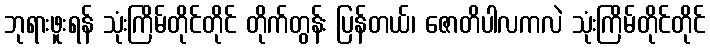
ဘုရားဖူးရန် သုံးကြိမ်တိုင်တိုင် တိုက်တွန်း ပြန်တယ်၊ ဇောတိပါလကလဲ သုံးကြိမ်တိုင်တိုင်